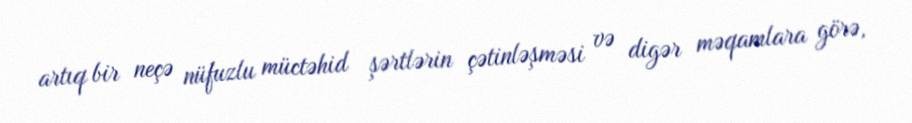
artıq bir neçə nüfuzlu müctəhid şərtlərin çətinləşməsi və digər məqamlara görə,